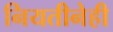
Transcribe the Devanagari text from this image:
नियतीनेही